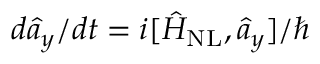
d \hat { a } _ { y } / d t = i [ \hat { H } _ { \mathrm { N L } } , \hat { a } _ { y } ] / \hbar